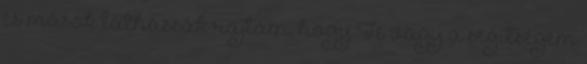
és mások láthassák rajtam, hogy Te vagy a segítségem